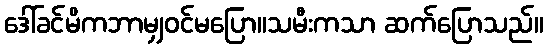
ဒေါ်ခင်မိကဘာမျှဝင်မပြော။သမီးကသာ ဆက်ပြောသည်။